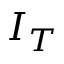
I _ { T }